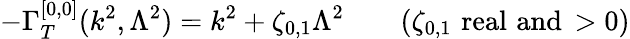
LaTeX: -\Gamma_{T}^{[0,0]}(k^{2},\Lambda^{2})=k^{2}+\zeta_{0,1}\Lambda^{2}\qquad(\zeta_{0,1}\, \, \mathrm{{real\, \, and}}\, >0)